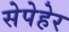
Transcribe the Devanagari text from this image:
सेपेहेर